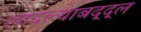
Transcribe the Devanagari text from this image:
लादल्याबद्द्ल